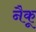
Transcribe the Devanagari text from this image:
नैकू